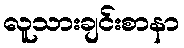
လူသားချင်းစာနာ